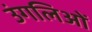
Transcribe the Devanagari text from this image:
उंगलिओं